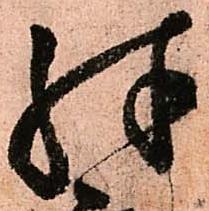
殊